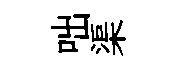
咄渠